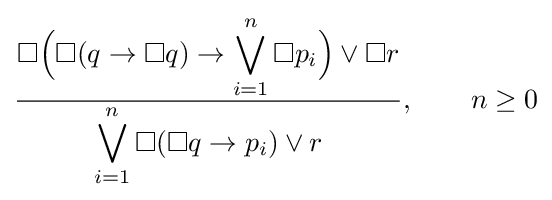
{\frac {\displaystyle \Box {\Bigl (}\Box (q\to \Box q)\to \bigvee _{i=1}^{n}\Box p_{i}{\Bigr )}\lor \Box r}{\displaystyle \bigvee _{i=1}^{n}\Box (\Box q\to p_{i})\lor r}},\qquad n\geq 0